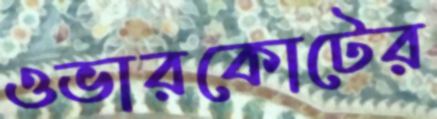
ওভারকোটের